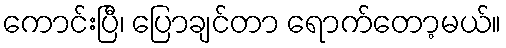
ကောင်းပြီ၊ ပြောချင်တာ ရောက်တော့မယ်။